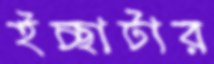
ইচ্ছাটার